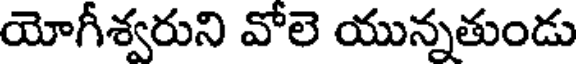
యోగీశ్వరుని వోలె యున్నతుండు